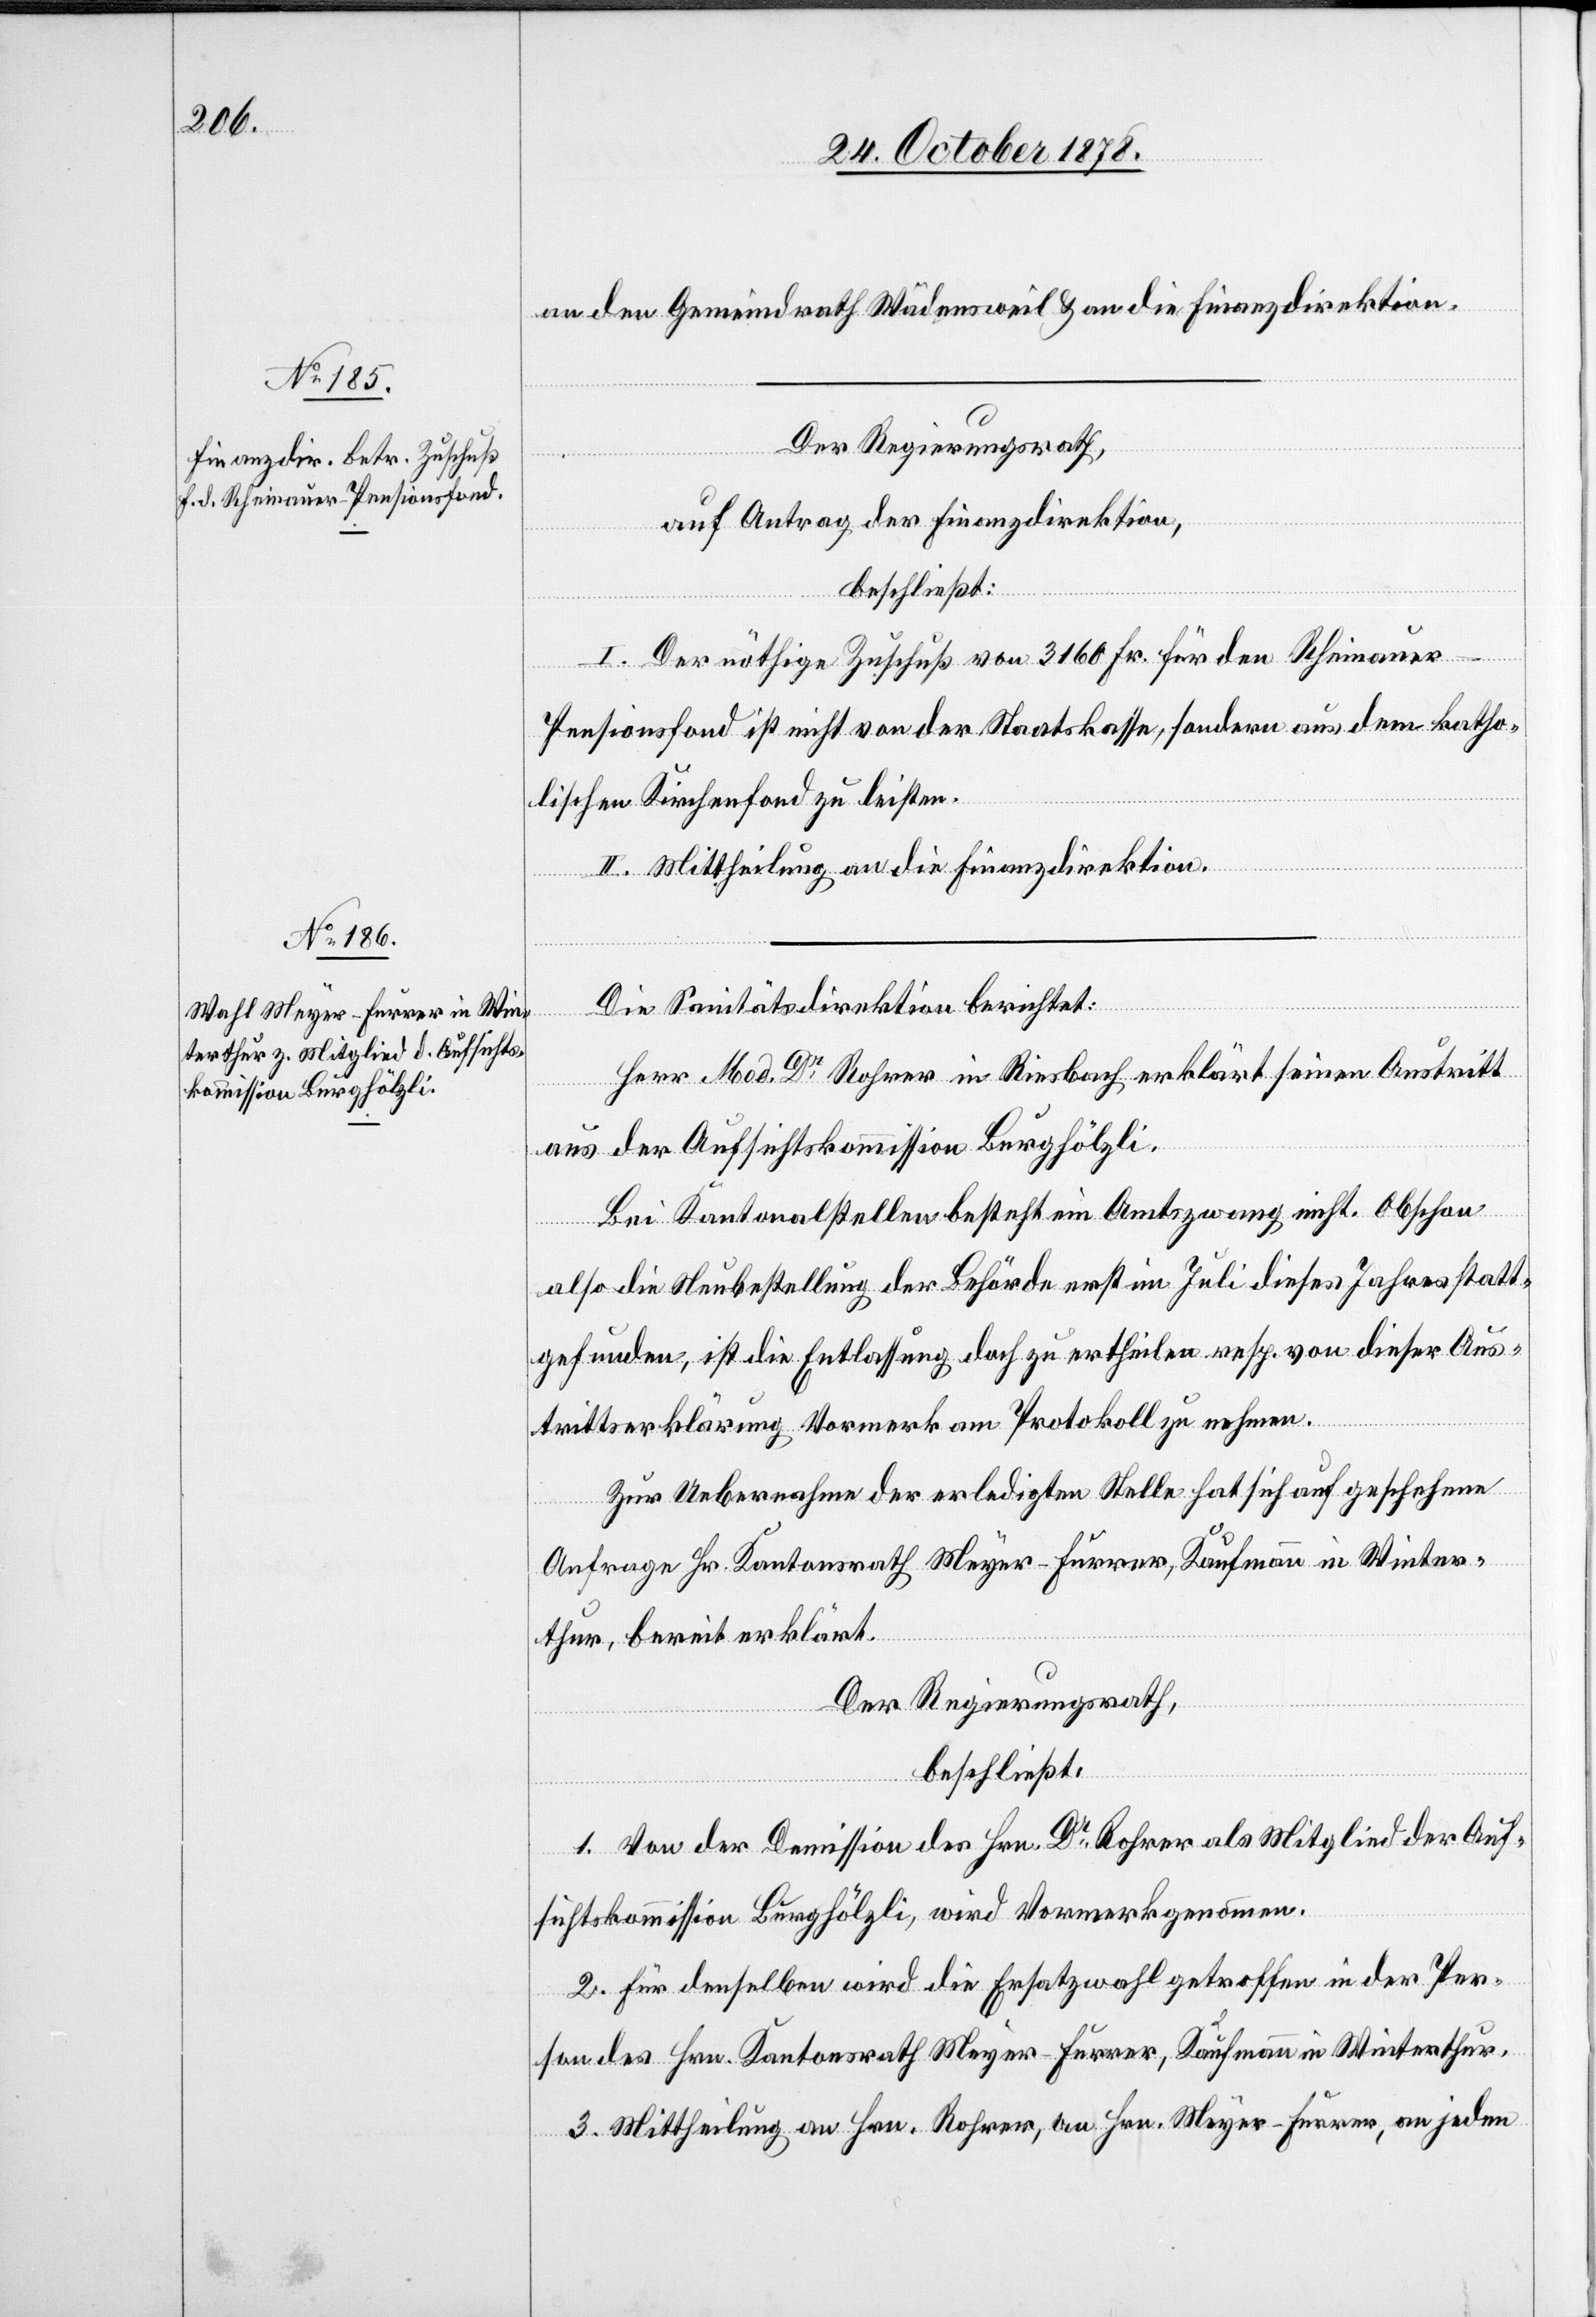
an den Gemeindrath Wädensweil & an die Finanzdirektion.
auf Antrag der Finanzdirektion,
beschließt:
I. Der nöthige Zuschuß von 3160 Fr. für den Rheinaue¬
r-Pensionsfond ist nicht von der Staatskasse, sondern aus dem katho¬
lischen Kirchenfond zu leisten.
II. Mittheilung an die Finanzdirektion.
Die Sanitätsdirektion berichtet:
Herr Med. Dr Rohrer in Riesbach erklärt seinen Austritt
aus der Aufsichtskommission Burghölzli.
Bei Kantonalstellen besteht ein Amtszwang nicht. Obschon
also die Neubestellung der Behörde erst im Juli dieses Jahres statt¬
gefunden, ist die Entlassung doch zu ertheilen resp. von dieser Aus¬
trittserklärung Vormerk am Protokoll zu nehmen.
Zur Uebernahme der erledigten Stelle hat sich auf geschehene
Anfrage Hr. Kantonsrath Meyer-Furrer, Kaufmann in Winter¬
thur, bereit erklärt.
Der Regierungsrath,
beschließt:
1. Von der Demission des Hrn. Dr Rohrer als Mitglied der Auf¬
sichtskommission Burghölzli, wird Vormerk genommen.
2. Für denselben wird die Ersatzwahl getroffen in der Per¬
son des Hrn. Kantonsrath Meyer-Furrer, Kaufmann in Winterthur.
3. Mittheilung an Hrn. Rohrer, an Hrn. Meyer-Furrer, an jeden